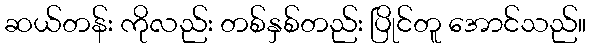
ဆယ်တန်း ကိုလည်း တစ်နှစ်တည်း ပြိုင်တူ အောင်သည်။